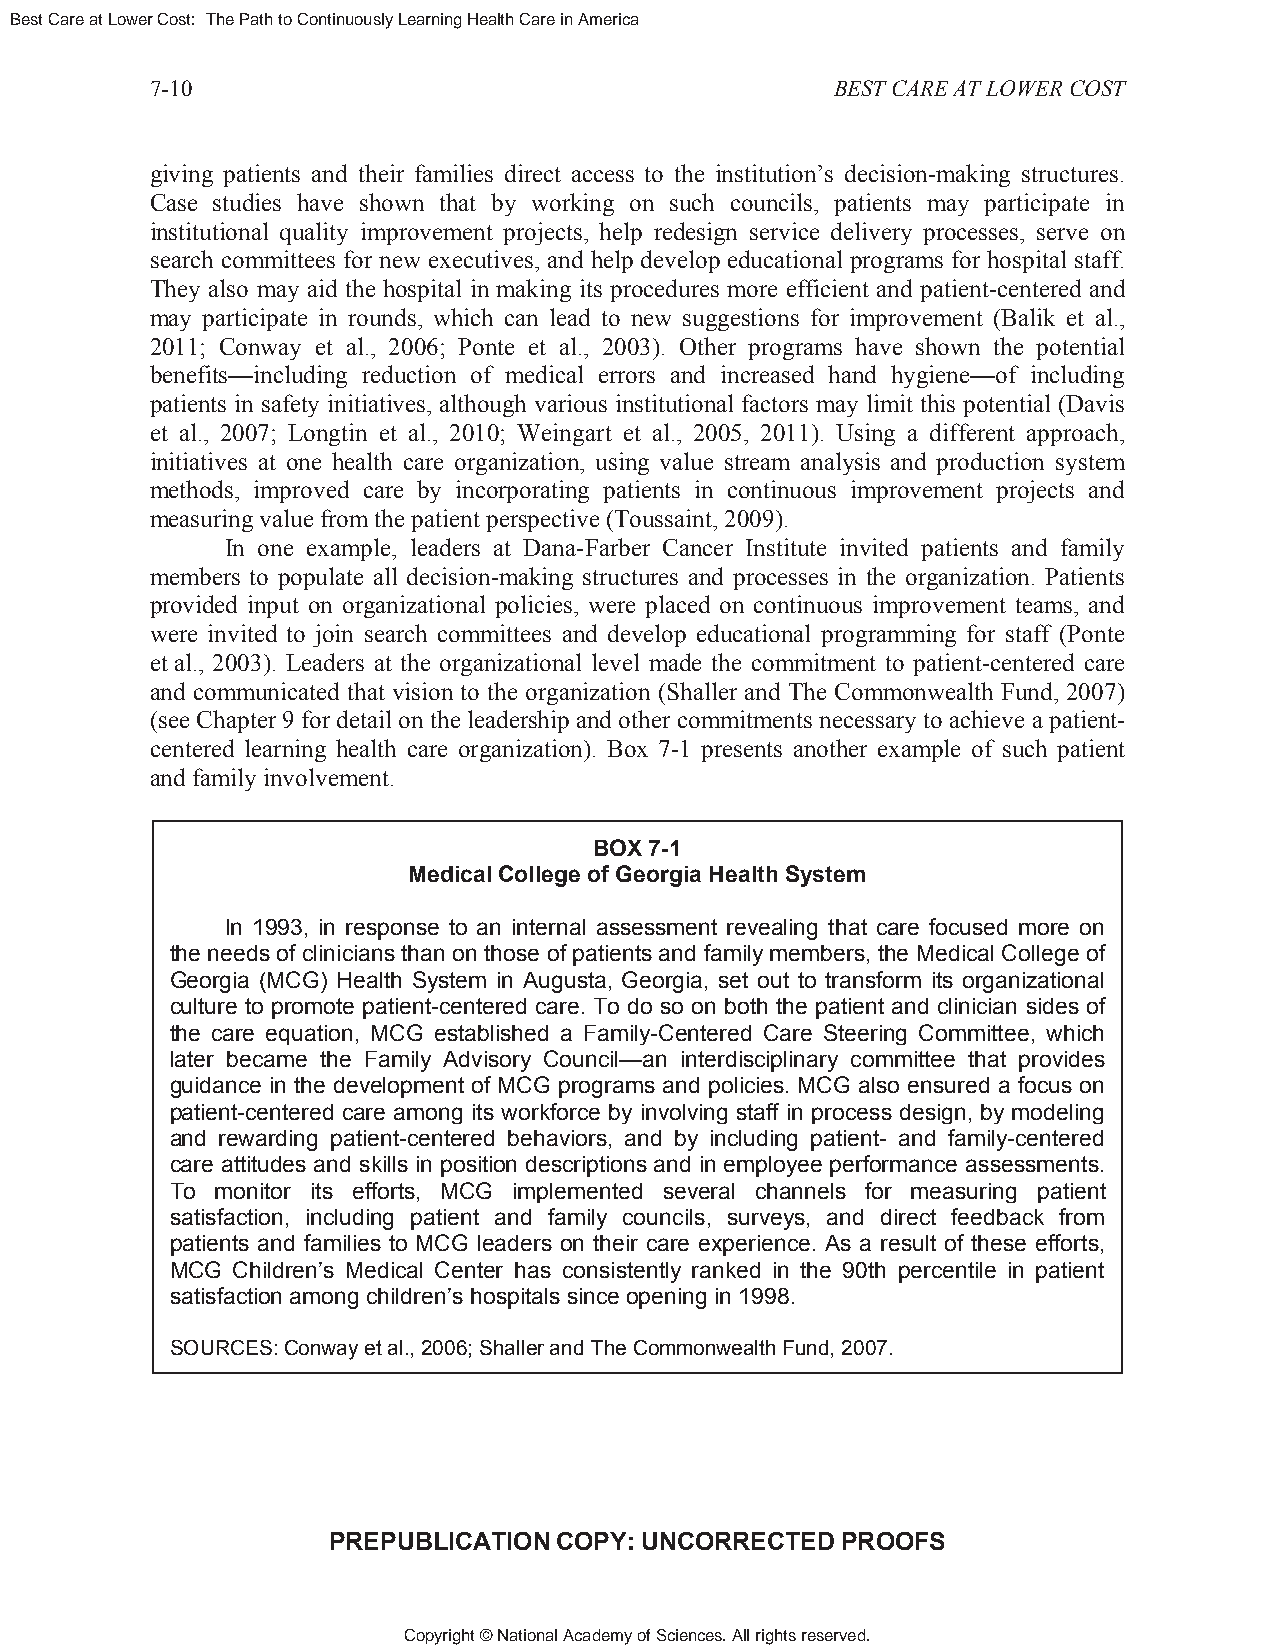
Best Care at Lower Cost: The Path to Continuously Learning Health Care in America
 7-10                                         BEST CARE AT LOWER COST
 giving patients and their families direct access to the institution’s decision-making structures.
 Case studies have shown that by working on such councils, patients may participate in
 institutional quality improvement projects, help redesign service delivery processes, serve on
 search committees for new executives, and help develop educational programs for hospital staff.
 They also may aid the hospital in making its procedures more efficient and patient-centered and
 may participate in rounds, which can lead to new suggestions for improvement (Balik et al.,
 2011; Conway et al., 2006; Ponte et al., 2003). Other programs have shown the potential
 benefits—including reduction of medical errors and increased hand hygiene—of including
 patients in safety initiatives, although various institutional factors may limit this potential (Davis
 et al., 2007; Longtin et al., 2010; Weingart et al., 2005, 2011). Using a different approach,
 initiatives at one health care organization, using value stream analysis and production system
 methods, improved care by incorporating patients in continuous improvement projects and
 measuring value from the patient perspective (Toussaint, 2009).
 In one example, leaders at Dana-Farber Cancer Institute invited patients and family
 members to populate all decision-making structures and processes in the organization. Patients
 provided input on organizational policies, were placed on continuous improvement teams, and
 were invited to join search committees and develop educational programming for staff (Ponte
 et al., 2003). Leaders at the organizational level made the commitment to patient-centered care
 and communicated that vision to the organization (Shaller and The Commonwealth Fund, 2007)
 (see Chapter 9 for detail on the leadership and other commitments necessary to achieve a patient-
 centered learning health care organization). Box 7-1 presents another example of such patient
 and family involvement.
 BOX 7-1
 Medical College of Georgia Health System
 In 1993, in response to an internal assessment revealing that care focused more on
 the needs of clinicians than on those of patients and family members, the Medical College of
 Georgia (MCG) Health System in Augusta, Georgia, set out to transform its organizational
 culture to promote patient-centered care. To do so on both the patient and clinician sides of
 the care equation, MCG established a Family-Centered Care Steering Committee, which
 later became the Family Advisory Council—an interdisciplinary committee that provides
 guidance in the development of MCG programs and policies. MCG also ensured a focus on
 patient-centered care among its workforce by involving staff in process design, by modeling
 and rewarding patient-centered behaviors, and by including patient- and family-centered
 care attitudes and skills in position descriptions and in employee performance assessments.
 To monitor its efforts, MCG implemented several channels for measuring patient
 satisfaction, including patient and family councils, surveys, and direct feedback from
 patients and families to MCG leaders on their care experience. As a result of these efforts,
 MCG Children’s Medical Center has consistently ranked in the 90th percentile in patient
 satisfaction among children’s hospitals since opening in 1998.
 SOURCES: Conway et al., 2006; Shaller and The Commonwealth Fund, 2007.
 PREPUBLICATION COPY: UNCORRECTED  PROOFS
 Copyright © National Academy of Sciences. All rights reserved.